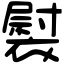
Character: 褽